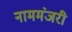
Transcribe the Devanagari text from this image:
नाममंजरी